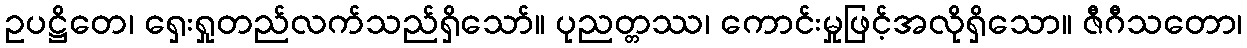
ဥပဋ္ဌိတေ၊ ရှေးရှုတည်လက်သည်ရှိသော်။ ပုညတ္တဿ၊ ကောင်းမှုဖြင့်အလိုရှိသော။ ဇီဂီသတော၊